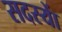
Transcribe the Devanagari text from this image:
सदस्याें